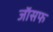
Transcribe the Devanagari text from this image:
जाॅसफ